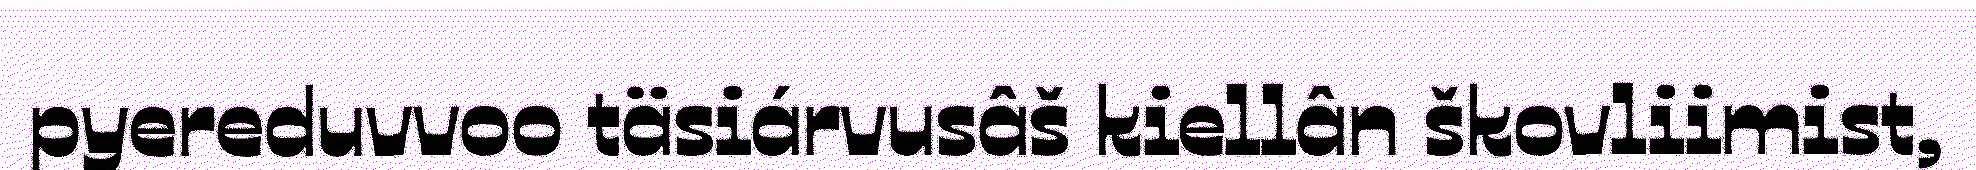
pyereduvvoo täsiárvusâš kiellân škovliimist,